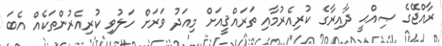
ރާއްޖޭގެ ޞިއްޙީ ދާއިރާގެ ކުރިއެރުމާއި ތަރައްޤީއަށް މިއަދު ވަރަށް ހަލުވި ކުރިއެރުންތަކެއް އެބަ